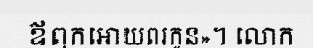
ឪពុកអោយពរកូន»។ លោក